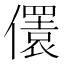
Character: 𠐛